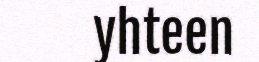
yhteen